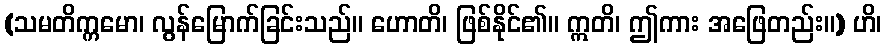
(သမတိက္ကမော၊ လွန်မြောက်ခြင်းသည်။ ဟောတိ၊ ဖြစ်နိုင်၏။ ဣတိ၊ ဤကား အဖြေတည်း။) ဟိ၊